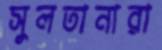
সুলতানারা